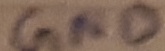
Text: GND